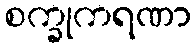
စက္ခုကရဏာ